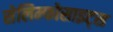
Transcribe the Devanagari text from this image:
सेलिम्फोसाइट्स